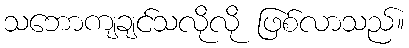
သဘောကျချင်သလိုလို ဖြစ်လာသည်။